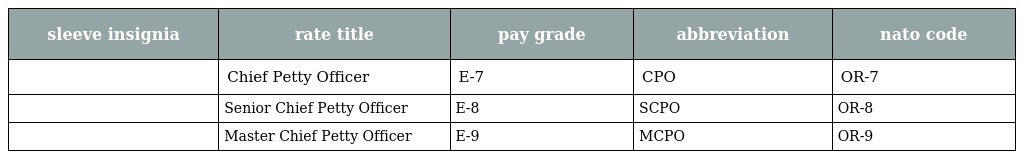
| sleeve insignia | rate title | pay grade | abbreviation | nato code |
 | --- | --- | --- | --- | --- |
 |  | Chief Petty Officer | E-7 | CPO | OR-7 |
 |  | Senior Chief Petty Officer | E-8 | SCPO | OR-8 |
 |  | Master Chief Petty Officer | E-9 | MCPO | OR-9 |